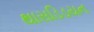
થાસડિડયન